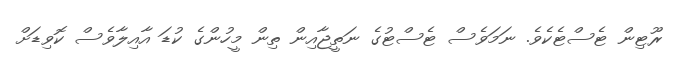
ރޫޓިން ޓެސްޓެކެވެ. ނަމަވެސް ޓެސްޓުގެ ނަތީޖާއިން ތިން މީހުންގެ ކުޑަ އާއިލާވެސް ކޮވިޑަށް